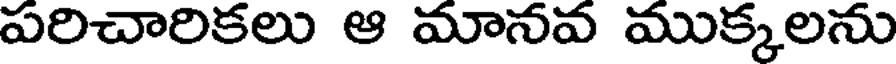
పరిచారికలు ఆ మానవ ముక్కలను